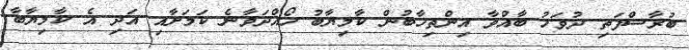
ބުރާސްފަތި ދުވަހު ބާއްވާ އިންތިޚާބުން ކާމިޔާބު ހޯއްދަވާނެ ކަމަށާއި އަދި އެ ކާމިޔާބާ